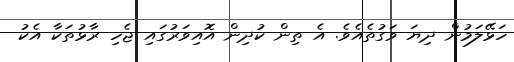
ހަޅޭލަމުން ދިޔަ ވަގުތެއެވެ. އެ ތިން ކުދިން އޮއިވަރުގައި ޖެހި ރާޅުތަކާ އެކު